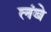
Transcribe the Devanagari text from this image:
लंबे